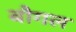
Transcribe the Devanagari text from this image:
बौगल